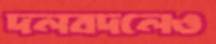
দলবদলেও